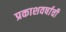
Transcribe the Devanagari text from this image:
प्रकाशवर्षाची